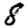
Digit: 8